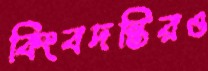
কিংবদন্তিরও